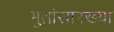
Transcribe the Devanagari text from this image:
भुतांसारख्या